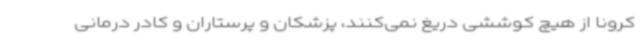
کرونا از هیچ کوششی دریغ نمی‌کنند، پزشکان و پرستاران و کادر درمانی